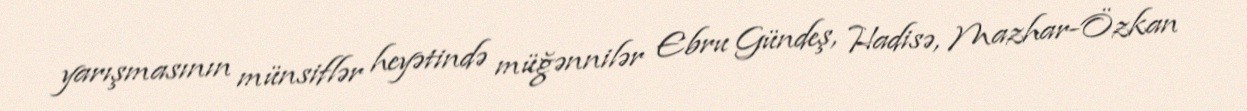
yarışmasının münsiflər heyətində müğənnilər Ebru Gündeş, Hadisə, Mazhar-Özkan